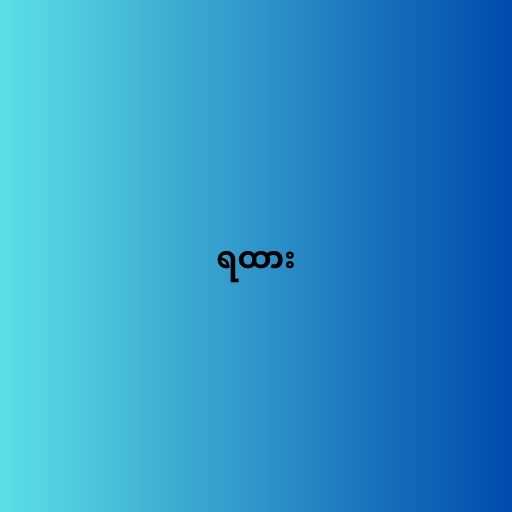
ရထား